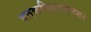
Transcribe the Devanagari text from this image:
दत्तकविधानानंतर